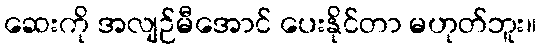
ဆေးကို အလျဉ်မီအောင် ပေးနိုင်တာ မဟုတ်ဘူး။